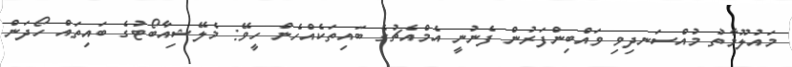
މައުލޫމާތު މުއްސަނދިވި ވައްބިންފަރުން ފެނުނީ އެމްއެޗުގެ ބައިތަކެއްހެން ހީވޭ: މެލޭޝިއާބޯޓުގެ ބައިތައް ހޯދަން